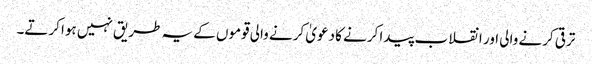
ترقی کرنے والی اور انقلاب پیدا کرنے کا دعویٰ کرنے والی قوموں کے یہ طریق نہیں ہوا کرتے۔